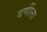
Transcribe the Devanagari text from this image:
वर्णीला